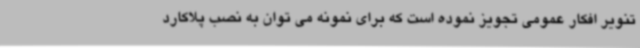
تنویر افکار عمومی تجویز نموده است که برای نمونه می توان به نصب پلاکارد